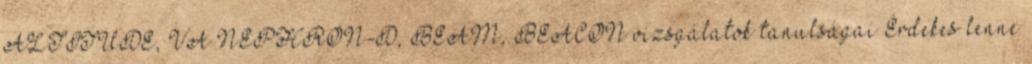
ALTITUDE, VA NEPHRON-D, BEAM, BEACON vizsgálatok tanulságai Érdekes lenne